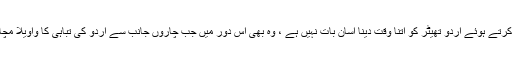
مگر یہ سب کرتے ہوئے اردو تھیٹر کو اتنا وقت دینا آسان بات نہیں ہے ، وہ بھی اس دور میں جب چاروں جانب سے اردو کی تباہی کا واویلا مچایا جا رہا ہو ۔